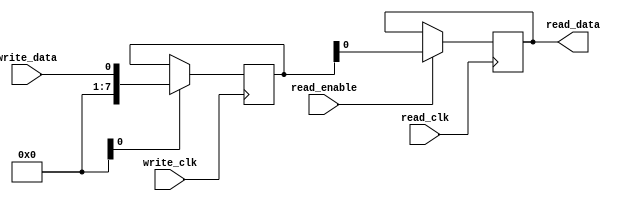
module dual_port_register (
    input write_clk,
    input read_clk,
    input write_data,
    input read_enable,
    output reg read_data
);

reg [7:0] reg_data;

always @(posedge write_clk) begin
    if (write_enable) begin
        reg_data <= write_data;
    end
end

always @(posedge read_clk) begin
    if (read_enable) begin
        read_data <= reg_data;
    end
end

endmodule